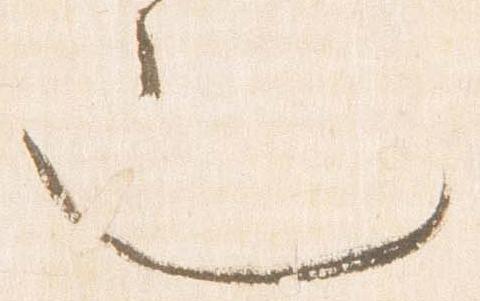
也